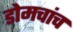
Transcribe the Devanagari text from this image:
डोमचांच